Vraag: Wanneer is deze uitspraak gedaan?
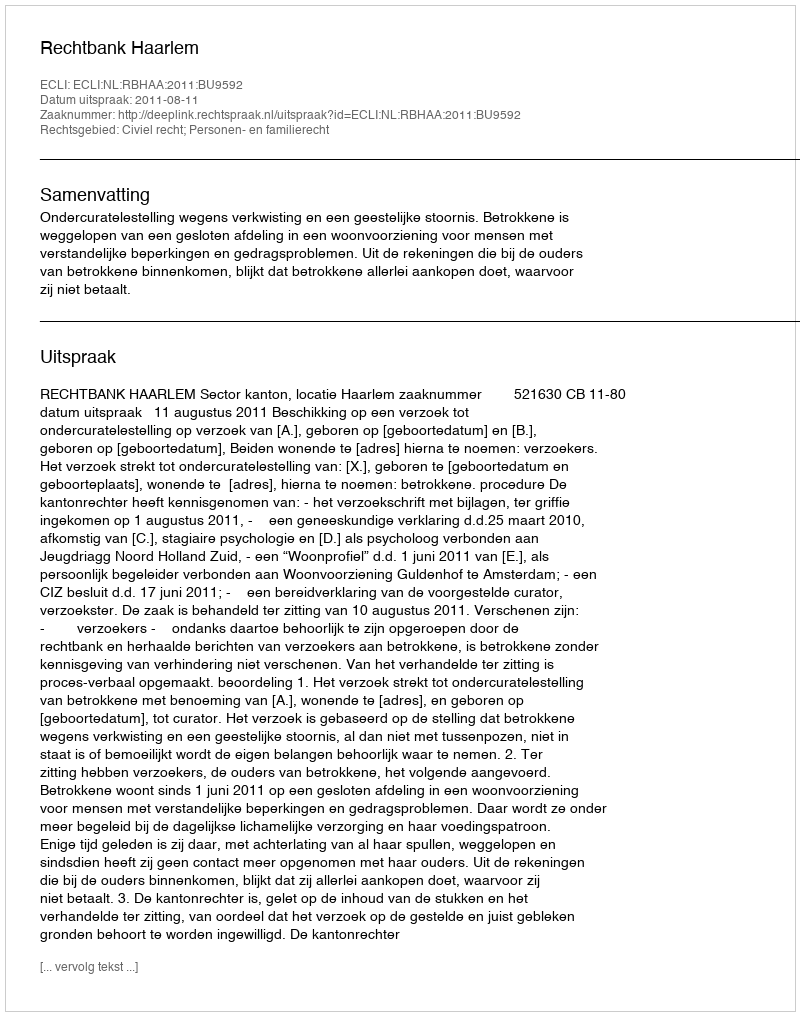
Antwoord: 2011-08-11